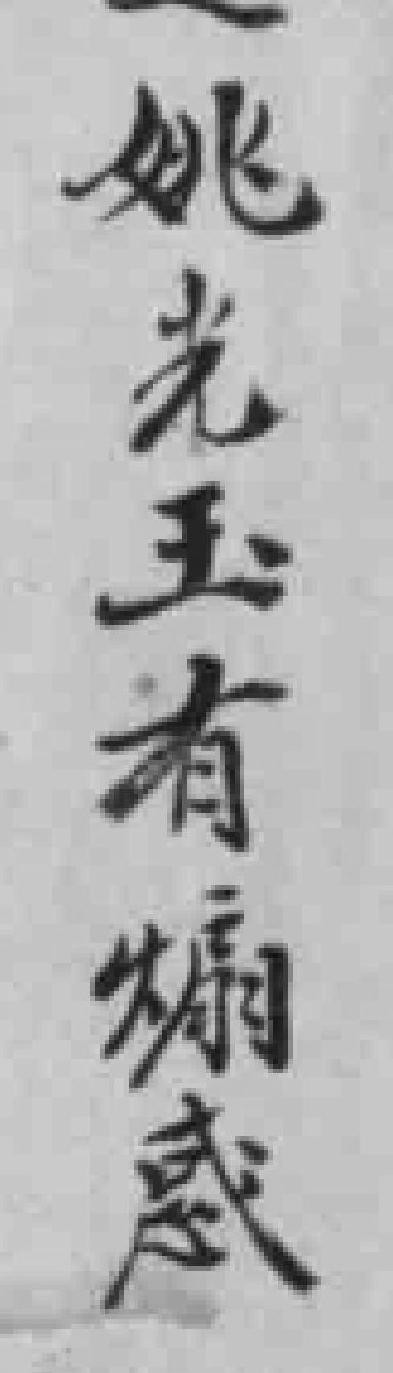
姚光玉有煽惑